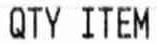
QTY ITEM